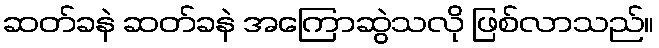
ဆတ်ခနဲ ဆတ်ခနဲ အကြောဆွဲသလို ဖြစ်လာသည်။